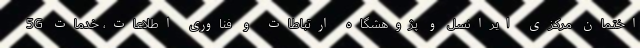
اختمان مرکزی ایرانسل و پژوهشگاه ارتباطات و فناوری اطلاعات، خدمات 5G